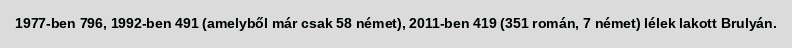
1977-ben 796, 1992-ben 491 (amelyből már csak 58 német), 2011-ben 419 (351 román, 7 német) lélek lakott Brulyán.